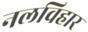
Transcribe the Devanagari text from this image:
नलविहार